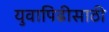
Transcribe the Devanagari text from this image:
युवापिढीसाठी